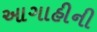
આગાહીની